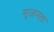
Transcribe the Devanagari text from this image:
सृजनता